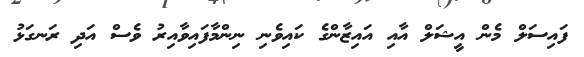
ފައިސަލް މެން އީޝަލް އާއި އައިޒާންގެ ކައިވެނި ނިންމާފައިވާއިރު ވެސް އަދި ރަނގަޅު